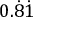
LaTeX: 0 . { \dot { 8 } } { \dot { 1 } }